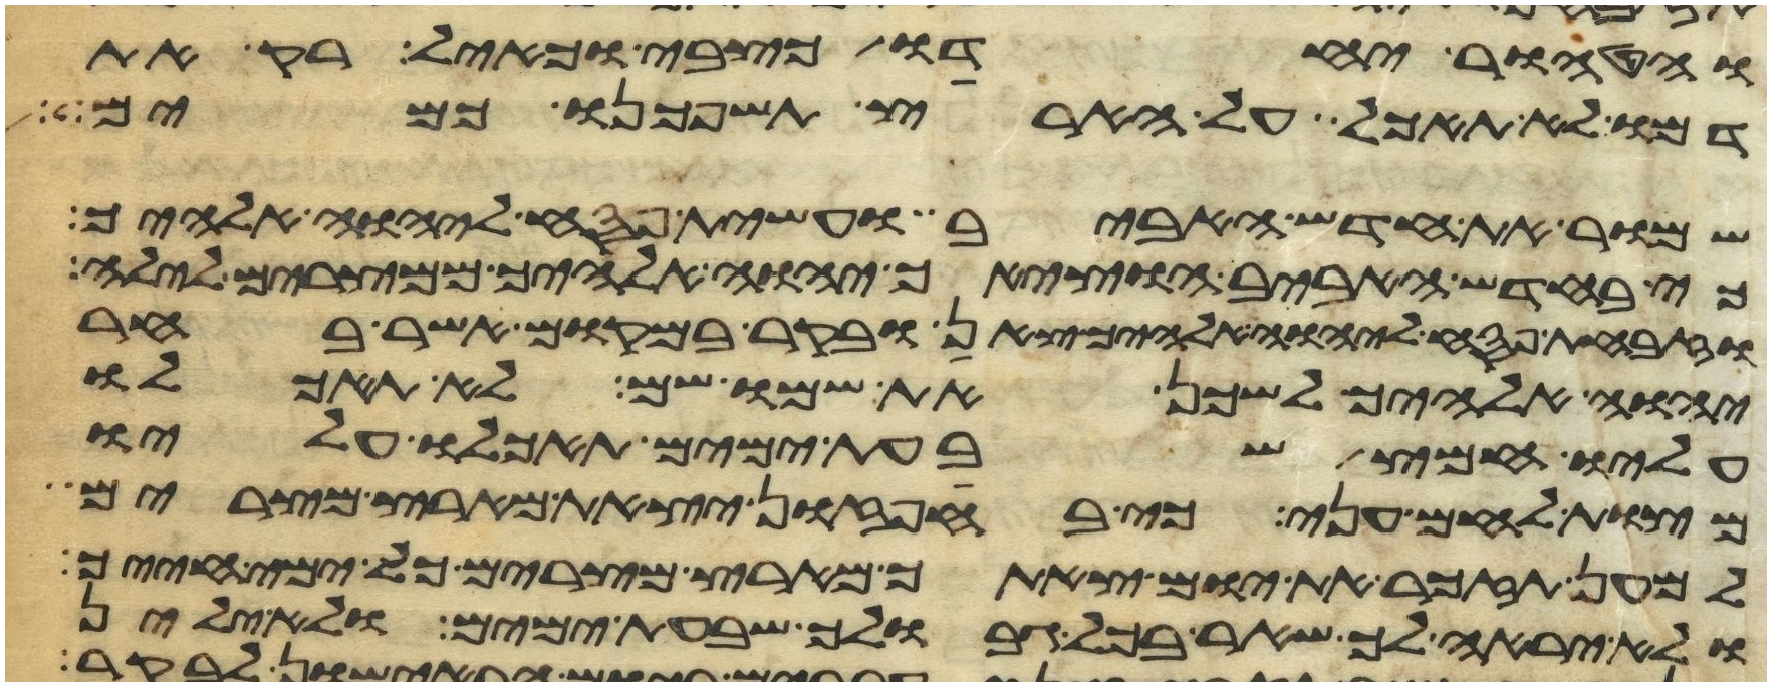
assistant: והטהור יחדו כצבי וכאיל רק את
דמו לא תאכל על הארץ תשפכנו כמים
שמור את חדש האביב ועשית פסח ליהוה אלהיך
כי בחדש האביב הוציאך יהוה אלהיך ממצרים לילה
וזבחת פסח ליהוה אלהיך צאן ובקר במקום אשר בחר
יהוה אלהיך לשכן את שמו שם לא תאכלו
עליו חמץ שבעת ימים תאכלו עליו
מצות לחם עני כי בחפזון יצאת מארץ מצרים
למען תזכר את יום צאתך מארץ מצרים כל ימי חייך
ולא יראה לך שאר בכל גבולך שבעת ימים ולא ילין